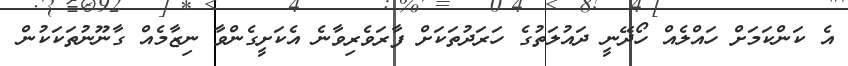
އެ ކަންކަމަށް ހައްލެއް ހޯދޭނީ ދައުލަތުގެ ހަރަދުތަކަށް ފާރަވެރިވާނެ އެކަށީގެންވާ ނިޒާމެއް ގާނޫނުތަކަކުން